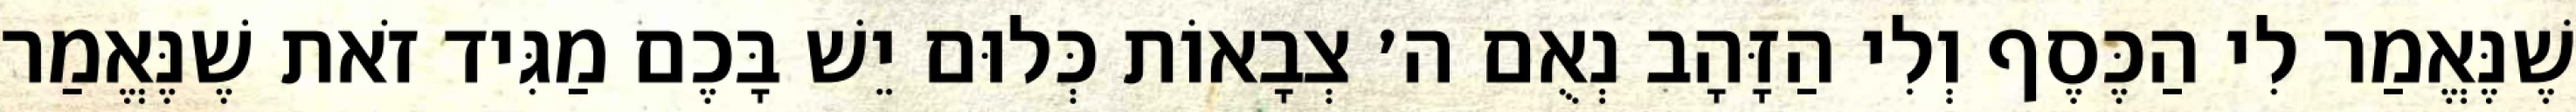
שֶׁנֶּאֱמַר לִי הַכֶּסֶף וְלִי הַזָּהָב נְאֻם ה׳ צְבָאוֹת כְּלוּם יֵשׁ בָּכֶם מַגִּיד זֹאת שֶׁנֶּאֱמַר